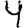
Digit: 4